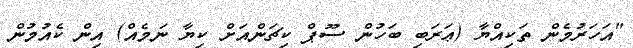
"އަހަރުމެން ތަކިއްޔާ (ޢަރަބި ބަހުން ސޫޕް ކިޗަންއަށް ކިޔާ ނަމެއް) އިން ކެއުމުން